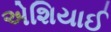
એશિયાઈ